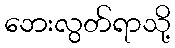
ဘေးလွတ်ရာသို့